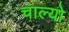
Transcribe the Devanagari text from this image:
चाल्यो